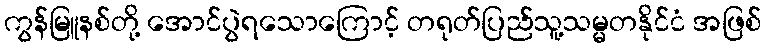
ကွန်မြူနစ်တို့ အောင်ပွဲရသောကြောင့် တရုတ်ပြည်သူ့သမ္မတနိုင်ငံ အဖြစ်